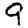
Digit: 9